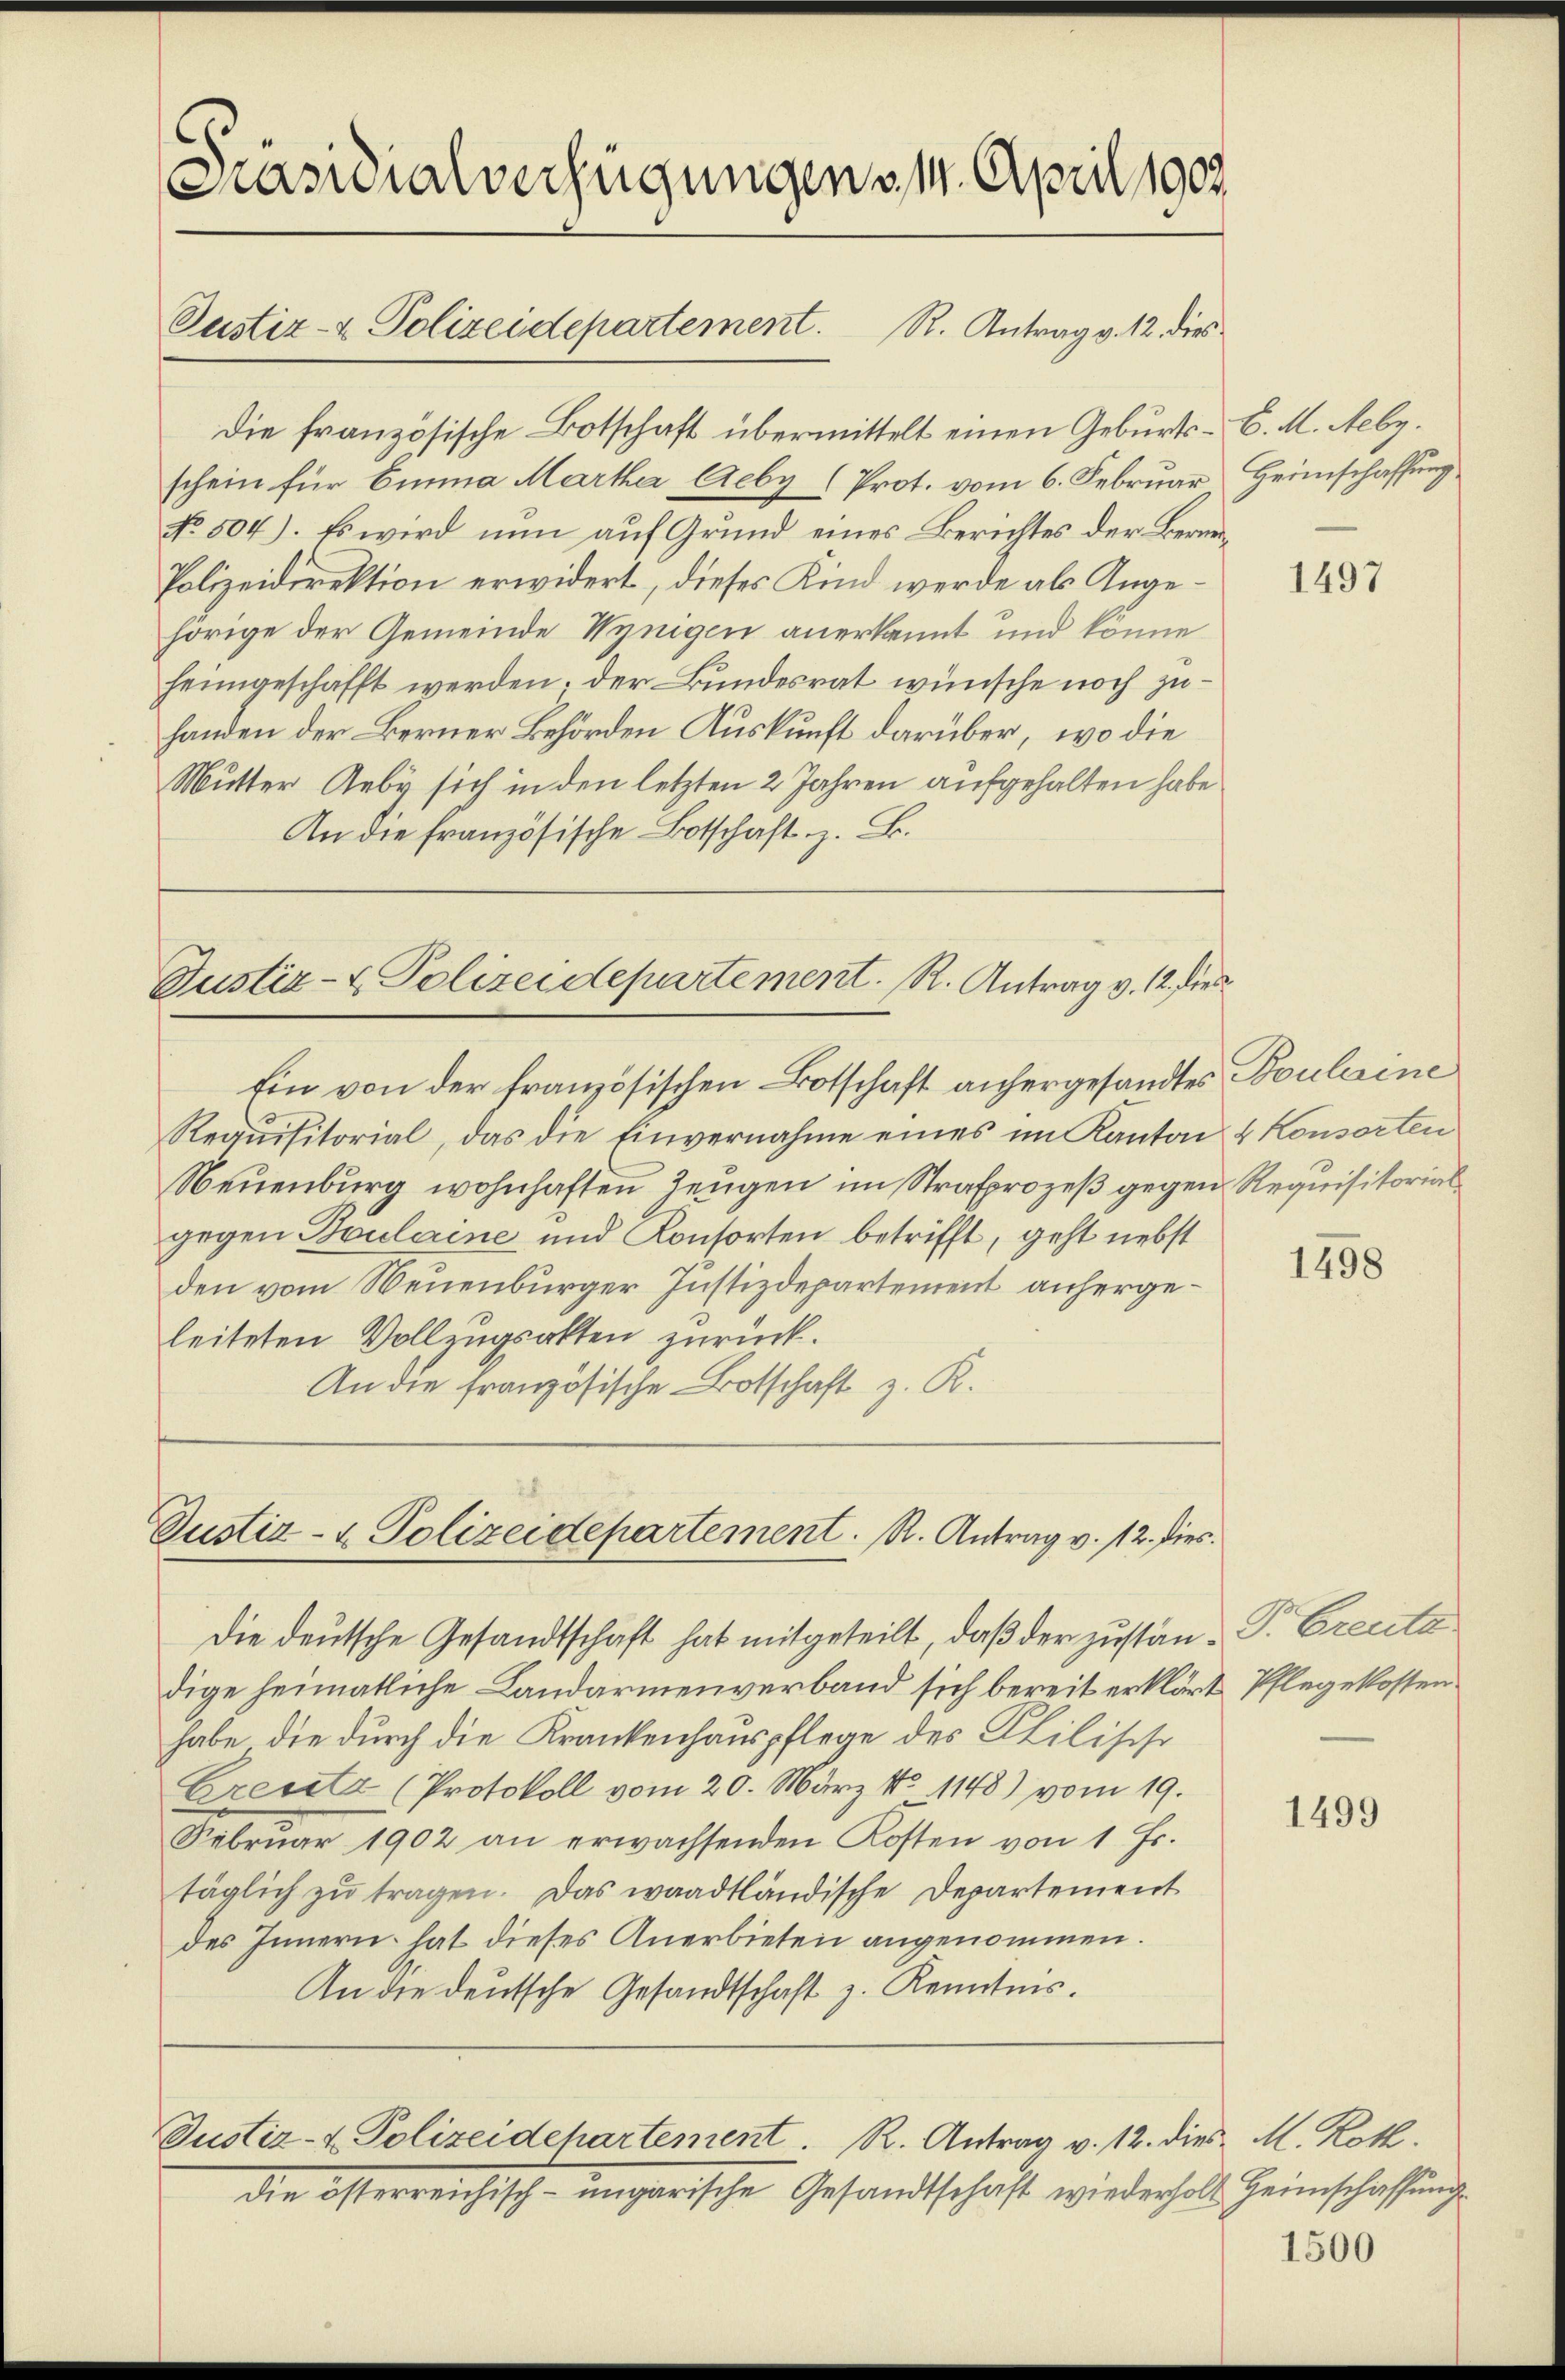
Präsidialverfügungen v. 14. April 1902.
Justiz- & Polizeidepartement. R. Antrag v. 12. dies

Die französische Botschaft übermittelt einen Geburts-C. M. Neby.
schein für Einna Martha Aeby (Prot. vom 6. Februar Heimschaffung
No. 504). Es wird nun auf Grund eines Berichtes der Berei¬
Polizeidirektion erwidert, dieses Kind werde als Angehörige der Gemeinde Wenigen anerkannt und könne
heimgeschafft werden. Der Bundesrat wünsche noch zuhanden der Berner Behörden Auskunft darüber, wo die
Mutter Geby sich in den letzten 2 Jahren aufgehalten habe.
An die französische Botschaft z. B.

Justiz- & Polizeidepartement. R. Antrag v. 12. dies
Ein von der französischen Botschaft anhergesandtes Bouleine

Requisitorial, das die Einvernahme eines im Kanton & Konsorten
Neuenburg wohnhaften Zeugen im Strafprozeß gegen Requisitorial
gegen Boulaine und Konsorten betrifft, geht nebst
den vom Neuenburger Justizdepartement anhergeleiteten Vollzugsakten zurück.
An die französische Botschaft z. R.

Justiz- & Polizeidepartement. R. Antrag v. 12. dies

dige heimatliche Landarmenverband sich bereit erklärt Pflegekostenhabe die durch die Krankenhauspflege des Philische
Greutz (Protokoll vom 20. März No 1148) vom 19.
Februar 1902 an erwachsenden Kosten von 1 Fr.
täglich zŭ tragen. Das waadtländische Departement
des Innern hat dieses Anerbieten angenommen.
An die deutsche Gesandtschaft z. Kenntnis.

die österreichisch-ungarische Gesandtschaft wiederhalt Heimschaffung

Die deutsche Gesandtschaft hat mitgeteilt, daß der zustan-P. Greute

Justiz- & Polizeidepartement. R. Antrag v. 12. dies M. Kot.

1497

1498

1499

1500